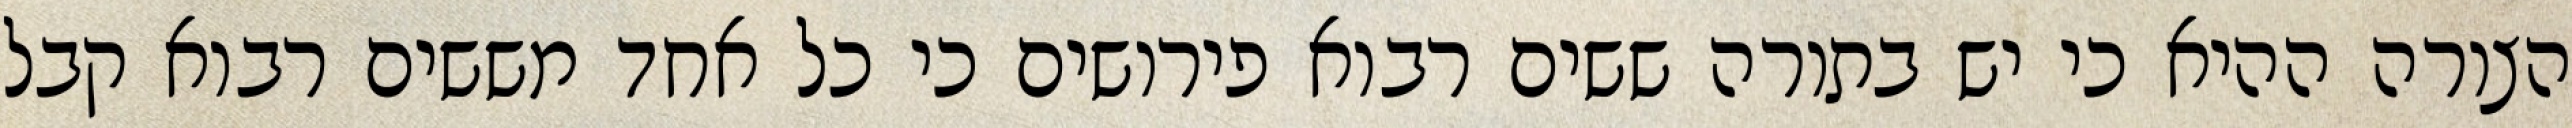
הצורה ההיא כי יש בתורה ששים רבוא פירושים כי כל אחד מששים רבוא קבל